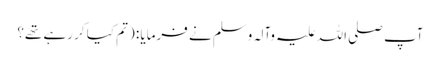
آپ صلی اللہ علیہ وآلہ وسلم نے فرمایا : (تم کیا کر رہے تھے؟